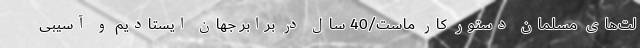
لت‌های مسلمان دستور کار ماست/40 سال در برابر جهان ایستادیم و آسیبی